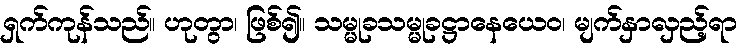
ရှက်ကုန်သည်။ ဟုတွာ၊ ဖြစ်၍။ သမ္မုခသမ္မုခဋ္ဌာနေယေဝ၊ မျက်နှာလှည့်ရာ